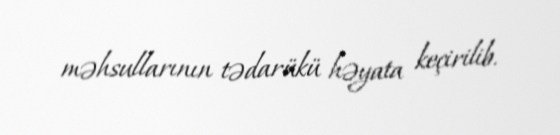
məhsullarının tədarükü həyata keçirilib.